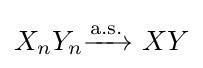
X_{n}Y_{n}{\xrightarrow {\overset {}{\text{a.s.}}}}\ XY